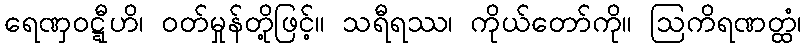
ရေဏှဝဋ္ဋီဟိ၊ ဝတ်မှုန်တို့ဖြင့်။ သရီရဿ၊ ကိုယ်တော်ကို။ ဩကိရဏတ္ထံ၊